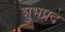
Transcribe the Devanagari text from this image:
शुभप्रद